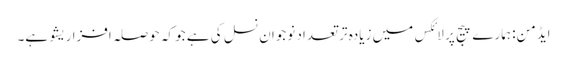
ایڈمن: ہمارے پیج پر لائکس میں زیادہ تر تعداد نوجوان نسل کی ہے جو کہ حوصلہ افزا ریشو ہے۔